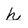
Character: h